Indian journal of veterinary science and animal husbandry - Volume 4,
Year: 1934
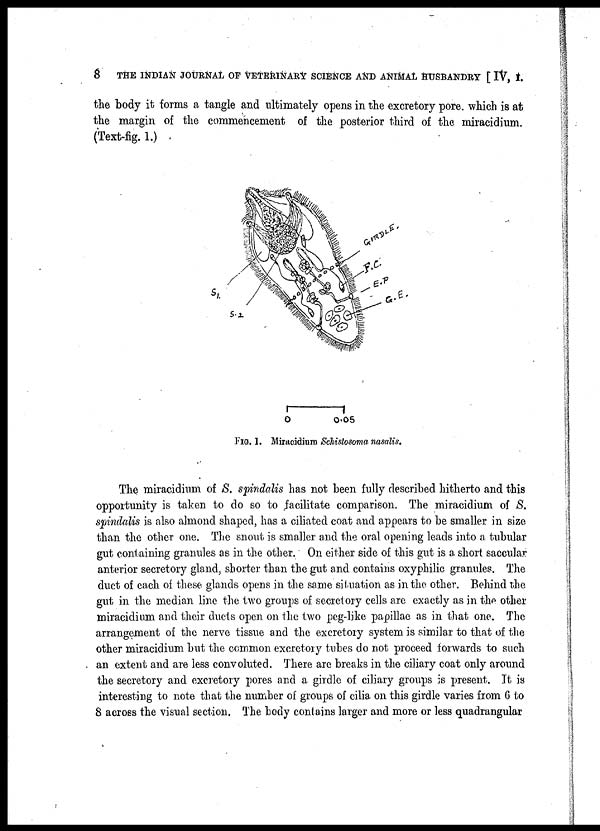
8
THE INDIAN JOURNAL OF VETERINARY SCIENCE AND ANIMAL HUSBANDRY [ IV, I.
the body it forms a tangle and ultimately opens in the excretory pore, which is at
the margin of the commencement of the posterior third of the miracidium.
(Text-fig. 1.)
FIG. 1. Miracidium Schistosoma nasalis.
The miracidium of S. spindalis has not been fully described hitherto and this
opportunity is taken to do so to facilitate comparison. The miracidium of S.
spindalis is also almond shaped, has a ciliated coat and appears to be smaller in size
than the other one. The snout is smaller and the oral opening leads into a tubular
gut containing granules as in the other. On either side of this gut is a short saccular
anterior secretory gland, shorter than the gut and contains oxyphilic granules. The
duct of each of these glands opens in the same situation as in the other. Behind the
gut in the median line the two groups of secretory cells are exactly as in the other
miracidium and their ducts open on the two peg-like papillae as in that one. The
arrangement of the nerve tissue and the excretory system is similar to that of the
other miracidium but the common excretory tubes do not proceed forwards to such
an extent and are less convoluted. There are breaks in the ciliary coat only around
the secretory and excretory pores and a girdle of ciliary groups is present. It is
interesting to note that the number of groups of cilia on this girdle varies from 6 to
8 across the visual section. The body contains larger and more or less quadrangular